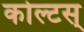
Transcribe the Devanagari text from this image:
कोल्टस्